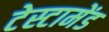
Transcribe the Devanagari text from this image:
टेस्टामेंड